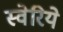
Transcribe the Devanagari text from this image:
स्वेरिये